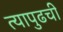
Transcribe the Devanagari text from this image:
त्यापुढची